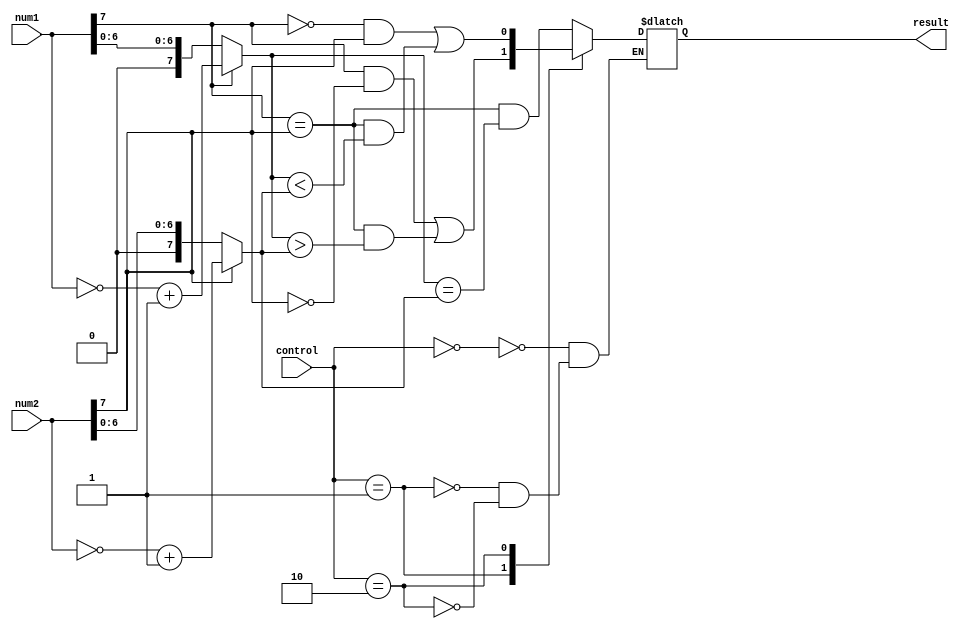
module fixed_point_comparator (
    input [7:0] num1,
    input [7:0] num2,
    input [1:0] control,
    output result
);

reg sign1, sign2;
reg [7:0] mag1, mag2;

assign sign1 = num1[7];
assign sign2 = num2[7];
assign mag1 = (sign1 == 1) ? (~num1 + 1) : num1;
assign mag2 = (sign2 == 1) ? (~num2 + 1) : num2;

always @* begin
    case (control)
        2'b00: result = (sign1 == sign2) && (mag1 == mag2);
        2'b01: result = (sign1 == 1 && sign2 == 0) || ((sign1 == sign2) && (mag1 > mag2));
        2'b10: result = (sign1 == 0 && sign2 == 1) || ((sign1 == sign2) && (mag1 < mag2));
    endcase
end

endmodule